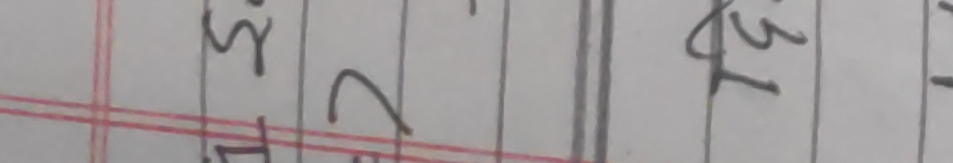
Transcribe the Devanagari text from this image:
३२